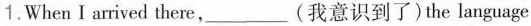
1.WhenI arrived there,___(我意识到了) the language